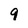
Character: 9